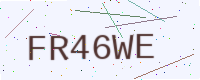
Text: FR46WE